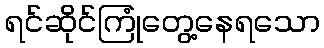
ရင်ဆိုင်ကြုံတွေ့နေရသော